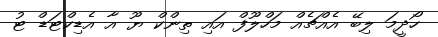
ހޯދީމަ ލިބޭ އެއްޗެއް މަހްލޫފް އައި ތިންކް ޔޫ އާ އެޑިކްޓަޑް ޓު